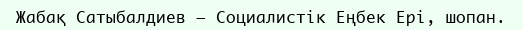
Жабақ Сатыбалдиев – Социалистік Еңбек Ері, шопан.